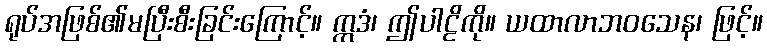
ရုပ်အဖြစ်၏မပြီးစီးခြင်းကြောင့်။ ဣဒံ၊ ဤပါဠိကို။ ယထာလာဘဝသေန၊ ဖြင့်။